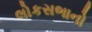
લોકસભાનો